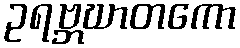
ဥရဗ္ဘဃာတကော